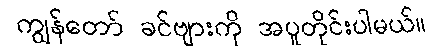
ကျွန်တော် ခင်ဗျားကို အပူတိုင်းပါမယ်။